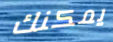
يمكنك